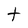
Character: t